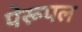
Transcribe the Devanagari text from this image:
पेरूपल